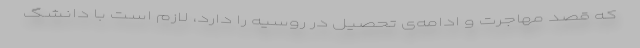
که قصد مهاجرت و ادامه‌ی تحصیل در روسیه را دارد، لازم است با دانشگ